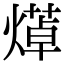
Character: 㷹